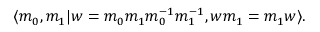
\langle m _ { 0 } , m _ { 1 } \vert w = m _ { 0 } m _ { 1 } m _ { 0 } ^ { - 1 } m _ { 1 } ^ { - 1 } , w m _ { 1 } = m _ { 1 } w \rangle .